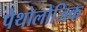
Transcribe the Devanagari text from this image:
पेथोलोजिक